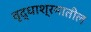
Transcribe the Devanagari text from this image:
वृद्धाश्रमातील